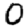
Digit: 0